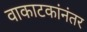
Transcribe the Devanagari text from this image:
वाकाटकांनंतर